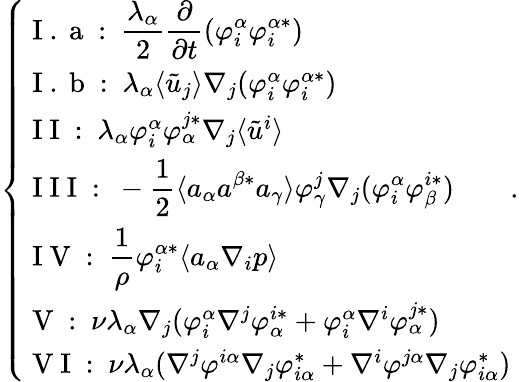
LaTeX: \left\{ \begin{array}{ll}{\mathrm{~I~.~a~:~}\displaystyle\frac{\lambda_{\alpha}}{2}\frac{\partial}{\partial t}(\varphi_{i}^{\alpha}\varphi_{i}^{\alpha*})}\\ {\mathrm{~I~.~b~:~}\lambda_{\alpha}\langle\tilde{u}_{j}\rangle\nabla_{j}(\varphi_{i}^{\alpha}\varphi_{i}^{\alpha*})}\\ {\mathrm{~I~I~:~}\lambda_{\alpha}\varphi_{i}^{\alpha}\varphi_{\alpha}^{j*}\nabla_{j}\langle\tilde{u}^{i}\rangle}\\ {\mathrm{~I~I~I~:~}\displaystyle-\frac{1}{2}\langle a_{\alpha}a^{\beta*}a_{\gamma}\rangle\varphi_{\gamma}^{j}\nabla_{j}(\varphi_{i}^{\alpha}\varphi_{\beta}^{i*})}\\ {\mathrm{~I~V~:~}\displaystyle\frac{1}{\rho}\varphi_{i}^{\alpha*}\langle a_{\alpha}\nabla_{i}p\rangle}\\ {\mathrm{~V~:~}\nu\lambda_{\alpha}\nabla_{j}(\varphi_{i}^{\alpha}\nabla^{j}\varphi_{\alpha}^{i*}+\varphi_{i}^{\alpha}\nabla^{i}\varphi_{\alpha}^{j*})}\\ {\mathrm{~V~I~:~}\nu\lambda_{\alpha}(\nabla^{j}\varphi^{i\alpha}\nabla_{j}\varphi_{i\alpha}^{*}+\nabla^{i}\varphi^{j\alpha}\nabla_{j}\varphi_{i\alpha}^{*})}\end{array}\right..